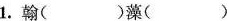
1.翰( )藻()